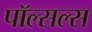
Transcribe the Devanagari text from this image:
पॉल्सल्स